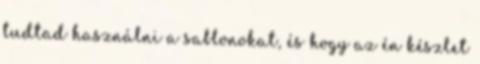
tudtad használni a sablonokat, és hogy az én készlet